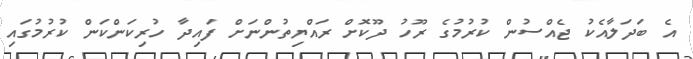
އެ ބަދަލާއެކު ޖެއްސުން ކުރުމުގެ ރޫހު ދޫކޮށް ރައްޔިތުންނަށް ފައިދާ ހުރިކަންކަން ކުރުމުގައި